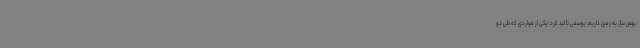
بهمن نیاز به زمین‌ داریم. یوسفی تأکید کرد: یکی از مواردی که طی دو